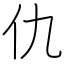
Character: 仇